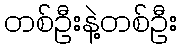
တစ်ဦးနဲ့တစ်ဦး